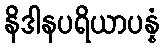
နိဒါနပရိယာပန္နံ